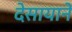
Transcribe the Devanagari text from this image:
देसायाने